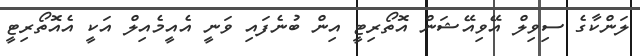
ލަންކާގެ ސިވިލް އޭވިއޭޝަން އޮތޯރިޓީ އިން ބުނެފައި ވަނީ އެއީމެއިލް އަކީ އެއޮތޯރިޓީ